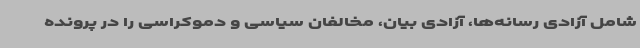
شامل آزادی رسانه‌ها، آزادی بیان، مخالفان سیاسی و دموکراسی را در پرونده